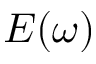
E ( \omega )